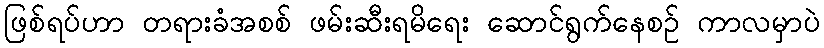
ဖြစ်ရပ်ဟာ တရားခံအစစ် ဖမ်းဆီးရမိရေး ဆောင်ရွက်နေစဉ် ကာလမှာပဲ